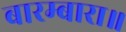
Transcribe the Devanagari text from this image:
बारम्बारा॥